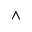
\wedge